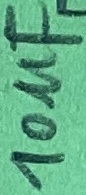
Text: 10µF